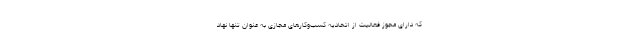
که دارای مجوز فعالیت از اتحادیه کسب‌و‌کارهای مجازی به عنوان تنها نهاد